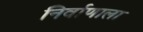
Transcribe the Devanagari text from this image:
निर्वाणाला